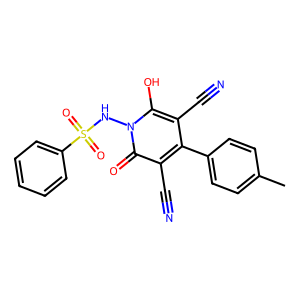
SMILES: Cc1ccc(-c2c(C#N)c(O)n(NS(=O)(=O)c3ccccc3)c(=O)c2C#N)cc1
Inhibits HIV replication: No